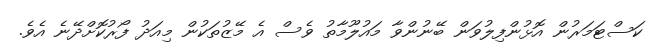
ކަސްޓަމަރުން އޮޅުންފިލުވަން ބޭނުންވާ މައުލޫމާތު ވެސް އެ މޭޒުތަކުން މިއަދު ފޯރުކޮށްދޭނެ އެވެ.